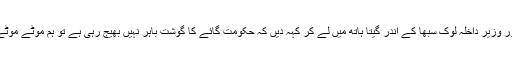
اگر ہندو حکومت کے وزیراعظم اور وزیر داخلہ لوک سبھا کے اندر گیتا ہاتھ میں لے کر کہہ دیں کہ حکومت گائے کا گوشت باہر نہیں بھیج رہی ہے تو ہم موٹے موٹے لفظوں میں معافی مانگ لیں گے۔